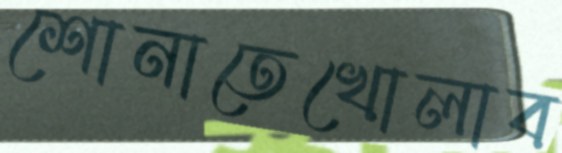
শোনাতেখোলাব